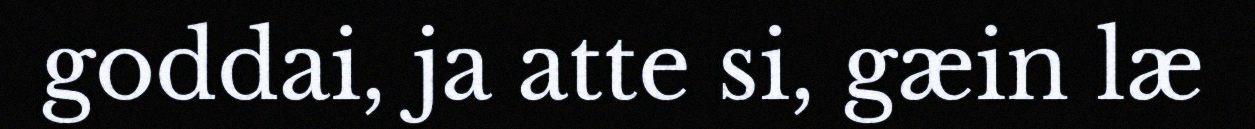
goddai, ja atte si, gæin læ